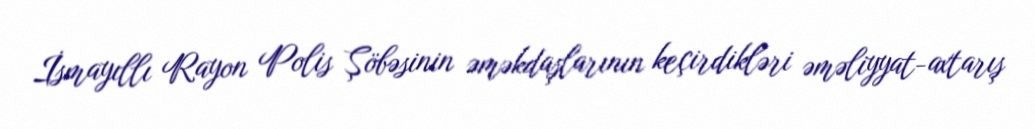
İsmayıllı Rayon Polis Şöbəsinin əməkdaşlarının keçirdikləri əməliyyat-axtarış